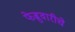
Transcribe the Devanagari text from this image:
फेब्रुवारीचे